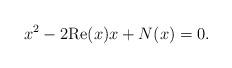
LaTeX: \begin{align*} x^2 - 2\mathrm{Re}(x) x + N(x) = 0.\end{align*}